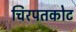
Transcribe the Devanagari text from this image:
चिरपतकोट